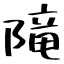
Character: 𨻫